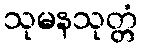
သုမနသုတ္တံ